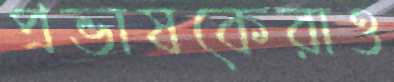
প্রভাষকেরাও